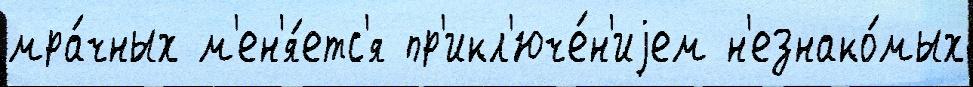
мра́чных м'ен'я́етс'я пр'икл'юче́н'иjем н'езнако́мых